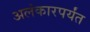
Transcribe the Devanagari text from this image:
अलंकारपर्यंत